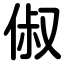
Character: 俶